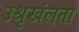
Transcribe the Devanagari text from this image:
उश्रृखंलता